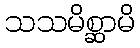
သသမိစ္ဆာမိ